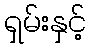
ရှမ်းနှင့်